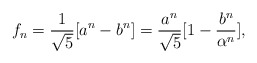
\begin{align*}f_{n}=\frac{1}{\sqrt{5}}[a^{n}-b^{n}]=\frac{a^{n}}{\sqrt{5}}[1-\frac{b^{n}}{\alpha ^{n}}], \end{align*}